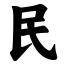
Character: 民